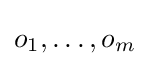
o_{1},\dots ,o_{m}